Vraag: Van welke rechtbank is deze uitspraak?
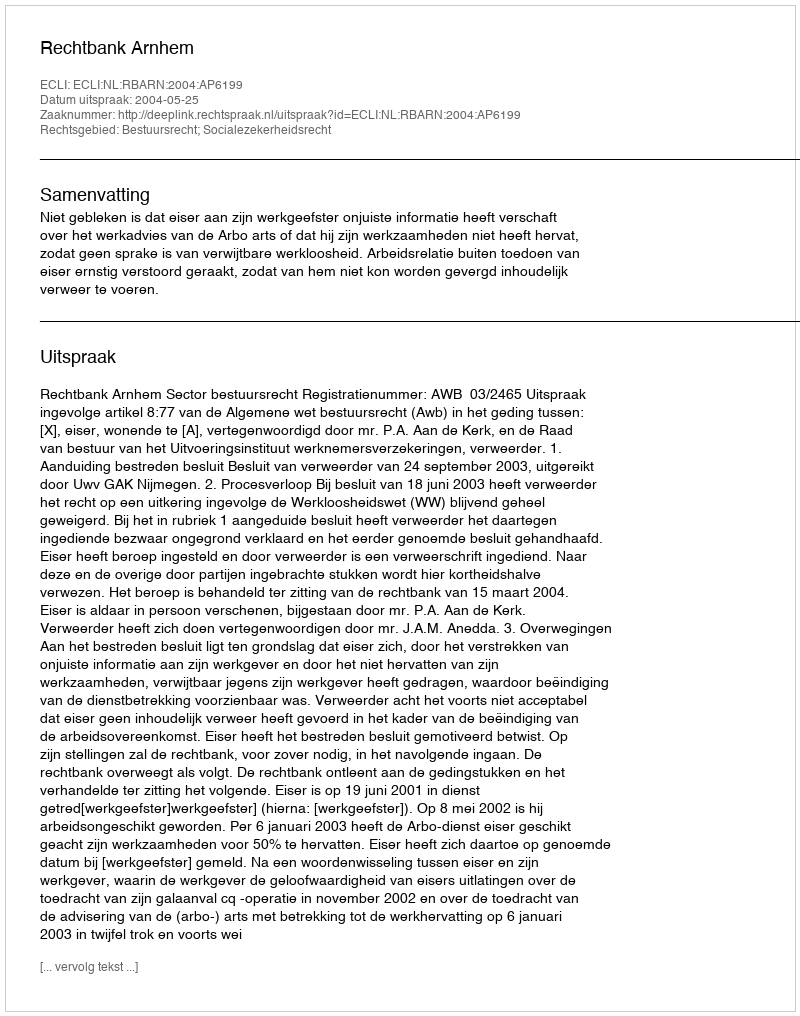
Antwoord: Rechtbank Arnhem